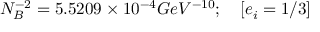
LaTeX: N _ { B } ^ { - 2 } = 5 . 5 2 0 9 \times 1 0 ^ { - 4 } G e V ^ { - 1 0 } ; \quad [ e _ { i } = 1 / 3 ]